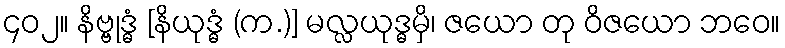
၄၀၂။ နိဗ္ဗုဒ္ဓံ [နိယုဒ္ဓံ (က.)] မလ္လယုဒ္ဓမှိ၊ ဇယော တု ဝိဇယော ဘဝေ။